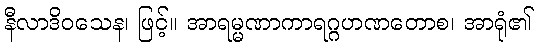
နီလာဒိဝသေန၊ ဖြင့်။ အာရမ္မဏာကာရဂ္ဂဟဏတောစ၊ အာရုံ၏